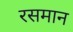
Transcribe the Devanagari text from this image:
रसमान